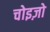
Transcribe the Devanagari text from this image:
चोइज़ो